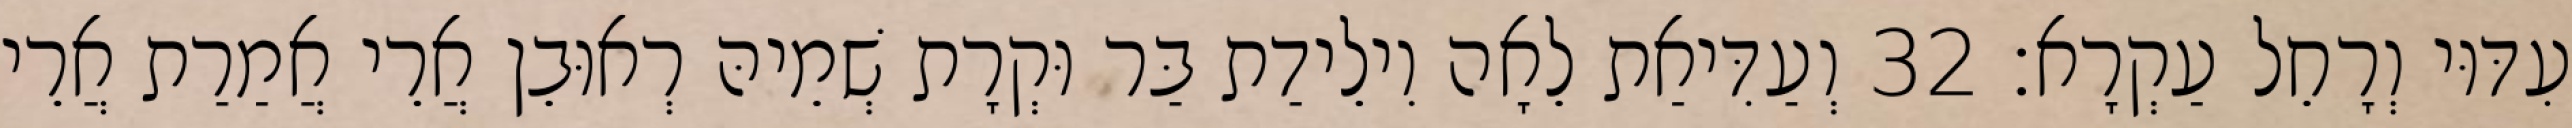
עִדּוּי וְרָחֵל עַקְרָא׃ 32 וְעַדִּיאַת לֵאָה וִילֵידַת בַּר וּקְרָת שְׁמֵיהּ רְאוּבֵן אֲרֵי אֲמַרַת אֲרֵי